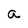
Character: a